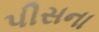
પીસના